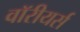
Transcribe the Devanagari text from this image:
वॉरीयर्स